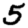
Digit: 5